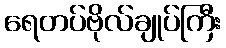
ရေတပ်ဗိုလ်ချုပ်ကြီး